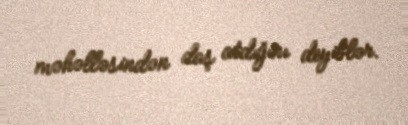
məhəlləsindən daş atdığını deyiblər.